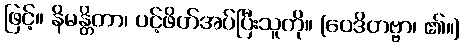
ဖြင့်။ နိမန္တိတာ၊ ပင့်ဖိတ်အပ်ပြီးသူကို။ (ဝေဒိတဗ္ဗာ၊ ၏။)